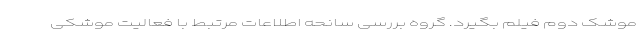
موشک دوم فیلم بگیرد. گروه بررسی سانحه اطلاعات مرتبط با فعالیت موشکی